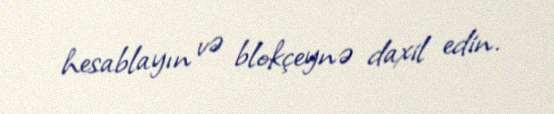
hesablayın və blokçeynə daxil edin.